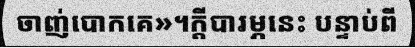
ចាញ់បោកគេ»។ក្តីបារម្ភនេះ បន្ទាប់ពី